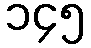
၁၄၅